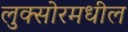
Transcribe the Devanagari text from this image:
लुक्सोरमधील